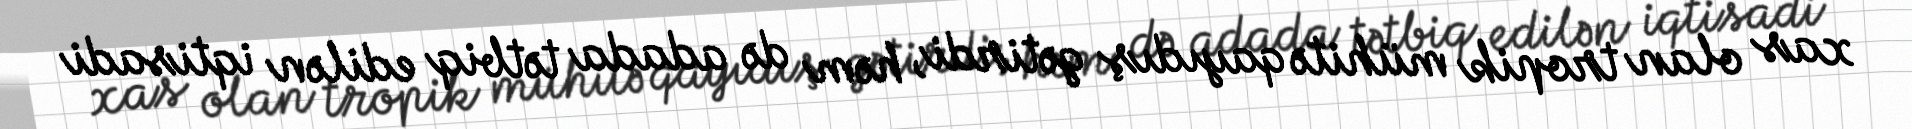
xas olan tropik mühitə qayıdış gətirdi, həm də adada tətbiq edilən iqtisadi